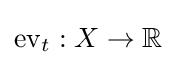
\operatorname {ev} _{t}:X\to \mathbb {R}